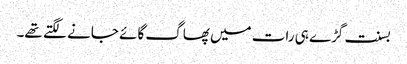
بسنت گڑے ہی رات میں پھاگ گائے جانے لگتے تھے۔